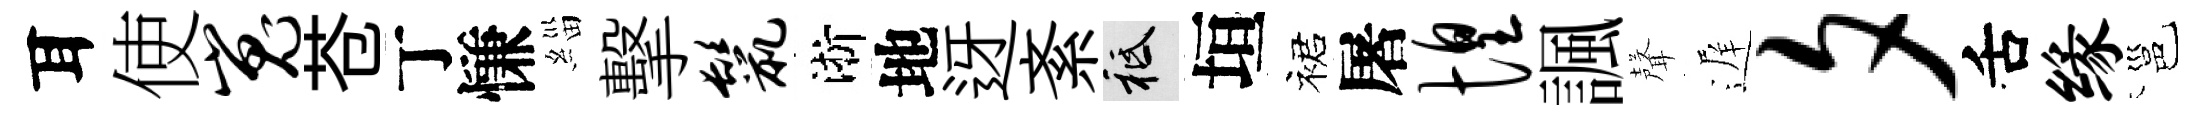
耳使嵬苍丁慊緇擊鬣淅地迓紊祇垣裙屠惶諷聲遅夕舌缘邕